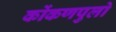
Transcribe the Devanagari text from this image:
कोंकणपुलो